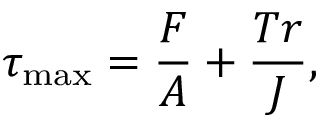
\tau _ { \mathrm { m a x } } = \frac { F } { A } + \frac { T r } { J } ,